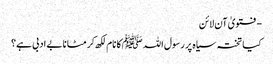
- فتویٰ آن لائن
کیا تختہ سیاہ پر رسول اللہ ﷺکا نام لکھ کر مٹانا بے ادبی ہے؟